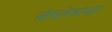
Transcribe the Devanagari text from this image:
लोकलेखापद्धत